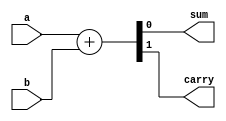
`timescale 1ns / 1ps
//////////////////////////////////////////////////////////////////////////////////
// Company: 
// Engineer: 
// 
// Design Name: 
// Module Name:    half_adder_df 
// Project Name: 
// Target Devices: 
// Tool versions: 
// Description: 
//
// Dependencies: 
//
// Revision: 
// Revision 0.01 - File Created
// Additional Comments: 
//
//////////////////////////////////////////////////////////////////////////////////
module half_adder_df(a,b,sum,carry);
input a,b;
output sum,carry;
//assign sum=a^b;
//assign carry=a&b;
assign {carry,sum}=a+b;


endmodule